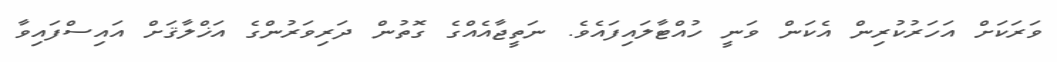
ވަރަކަށް އަހަރުކުރިން އެކަން ވަނީ ހުއްޓާލައިފައެވެ. ނަތީޖާއެއްގެ ގޮތުން ދަރިވަރުންގެ އަޚްލާޤަށް އައިސްފައިވާ